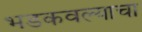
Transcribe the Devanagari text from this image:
भडकवल्याचा